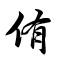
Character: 侑